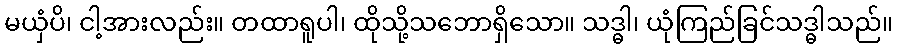
မယှံပိ၊ ငါ့အားလည်း။ တထာရူပါ၊ ထိုသို့သဘောရှိသော။ သဒ္ဓါ၊ ယုံကြည်ခြင်သဒ္ဓါသည်။